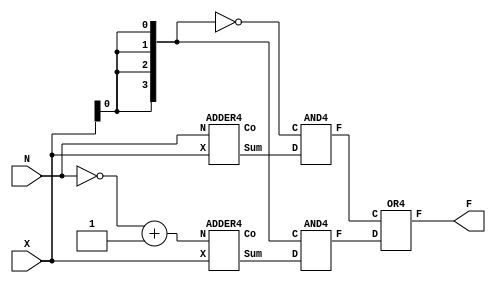
module logic_circuit(X,N,F);
 input [3:0] X , N ;
 output [3:0] F ;
 wire [3:0] r1,r2,r3,r4 ,notX ;
 wire w1,w2 ;
 ADDER4 A1(X,N,r1,w1);
 ADDER4 A2(X,(~N)+4'b0001,r2,w2);
 AND4 A3(~{4{X[0]}},r1,r3);
 AND4 A4({4{X[0]}},r2,r4);
 OR4 A5(r3,r4,F);
endmodule
module OR4(C,D,F);
 input [3:0] C , D ;
 output [3:0] F ;
 or a1(F[0],C[0],D[0]) ;
 or a2(F[1],C[1],D[1]) ;
 or a3(F[2],C[2],D[2]) ;
 or a4(F[3],C[3],D[3]) ;
endmodule
module AND4(C,D,F);
 input [3:0] C , D ;
 output [3:0] F ;
 and b1(F[0],C[0],D[0]) ;
 and b2(F[1],C[1],D[1]) ;
 and b3(F[2],C[2],D[2]) ;
 and b4(F[3],C[3],D[3]) ;
endmodule
module ADDER4(X, N , Sum, Co);
input [3:0] X, N;
output [3:0] Sum;
output Co;
wire w1, w2, w3;
fulladder FA1(X[0], N[0], 1'b0, Sum[0], w1);
fulladder FA2(X[1], N[1], w1, Sum[1], w2);
fulladder FA3(X[2], N[2], w2, Sum[2], w3);
fulladder FA4(X[3], N[3], w3, Sum[3], Co);
endmodule
module fulladder(X, Y, Ci, Sum, Co);
 input X, Y, Ci;
 output Sum, Co;
 wire w1,w2,w3;
 xor X1(w1, X, Y);
 xor X2(Sum, w1, Ci);
 and X3(w2, w1, Ci);
 and X4(w3, X, Y);
 or X5(Co, w2, w3);
endmodule